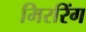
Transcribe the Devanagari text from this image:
मिररिंग